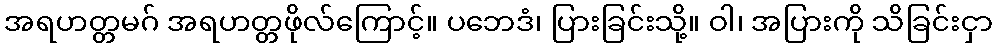
အရဟတ္တမဂ် အရဟတ္တဖိုလ်ကြောင့်။ ပဘေဒံ၊ ပြားခြင်းသို့။ ဝါ၊ အပြားကို သိခြင်းငှာ